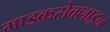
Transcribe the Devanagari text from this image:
माइक्रसेक्लाइन